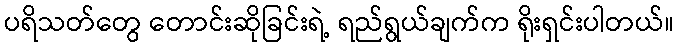
ပရိသတ်တွေ တောင်းဆိုခြင်းရဲ့ ရည်ရွယ်ချက်က ရိုးရှင်းပါတယ်။